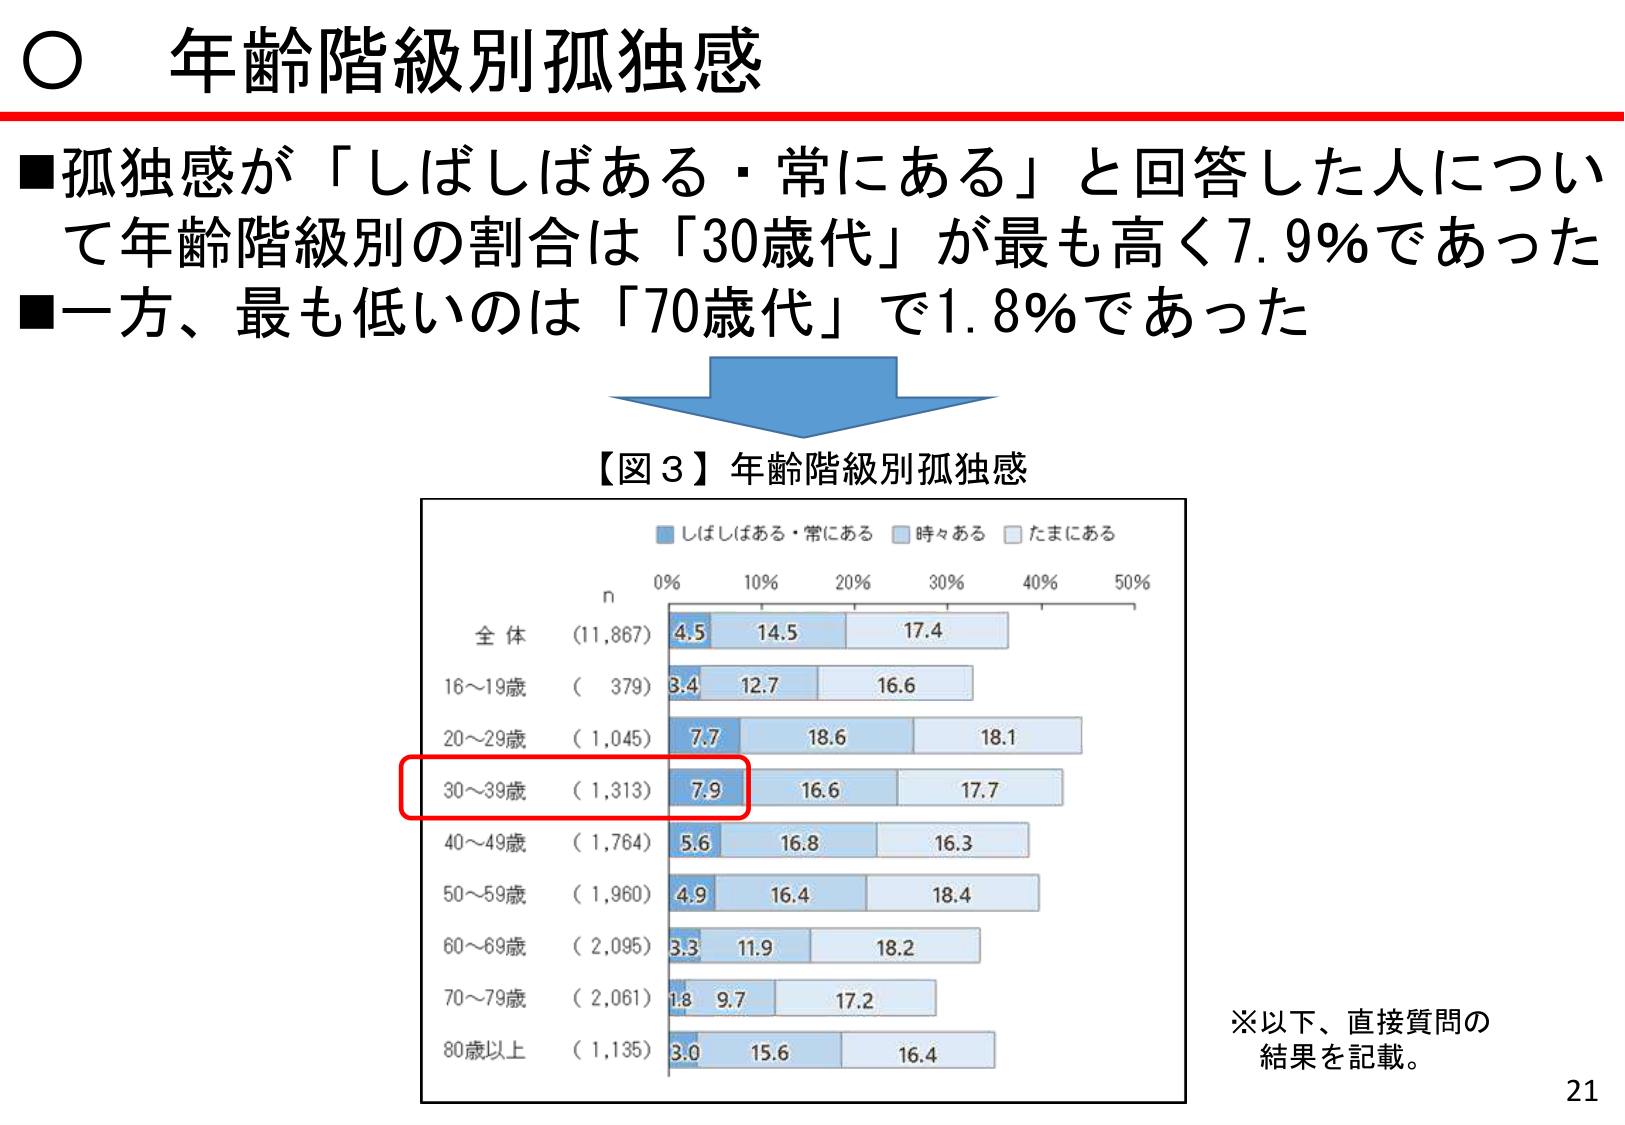
○ 年齢階級別孤独感

■孤独感が「しばしばある・常にある」と回答した人について年齢階級別の割合は「30歳代」が最も高く7.9%であった
■一方、最も低いのは「70歳代」で1.8%であった

【図3】年齢階級別孤独感

■ しばしばある・常にある
■ 時々ある
■ たまにある

n
0% 10% 20% 30% 40% 50%

全体 (11,867) 4.5 14.5 17.4
16～19歳 (379) 3.4 12.7 16.6
20～29歳 (1,045) 7.7 18.6 18.1
30～39歳 (1,313) 7.9 16.6 17.7
40～49歳 (1,764) 5.6 16.8 16.3
50～59歳 (1,960) 4.9 16.4 18.4
60～69歳 (2,095) 3.3 11.9 18.2
70～79歳 (2,061) 1.8 9.7 17.2
80歳以上 (1,135) 3.0 15.6 16.4

※以下、直接質問の
結果を記載。

21